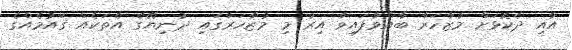
އާއި ދެކޮޅަށް މުޒާހަރާ ބާއްވާފައިވާ އިރު މި މުޒާހަރާގައި ދުނިޔޭގެ އެތަކެއް ޤައުމެއްގެ